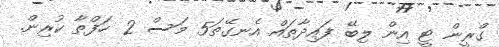
ގްރީން ޓީ އިން ލިބޭ ފައިދާތައް އެނގޭތަ5 މަސް 2 ހަފްތާ ކުރިން.